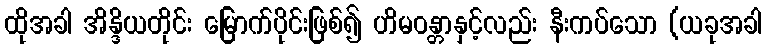
ထိုအခါ အိန္ဒိယတိုင်း မြောက်ပိုင်းဖြစ်၍ ဟိမဝန္တာနှင့်လည်း နီးကပ်သော (ယခုအခါ